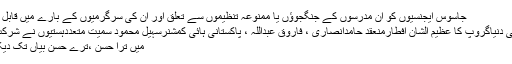
جاسوس ایجنسیوں کو ان مدرسوں کے جنگجوؤں یا ممنوعہ تنظیموں سے تعلق اور ان کی سرگرمیوں کے بارے میں قابل اع ...
چوتھی دنیاگروپ کا عظیم الشان افطارمنعقد حامدانصاری ، فاروق عبداللہ ، پاکستانی ہائی کمشنرسہیل محمود سمیت متعددہستیوں نے شرکت کی
میں ترا حسن ،ترے حسنِ بیاں تک دیکھوں!